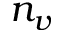
n _ { v }